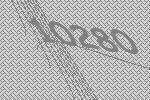
10280